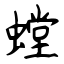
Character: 螳